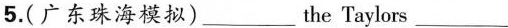
5.(广东珠海模拟)___the Taylors___